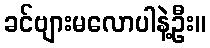
ခင်ဗျားမလောပါနဲ့ဦး။